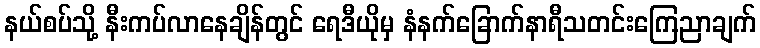
နယ်စပ်သို့ နီးကပ်လာနေချိန်တွင် ရေဒီယိုမှ နံနက်ခြောက်နာရီသတင်းကြေညာချက်